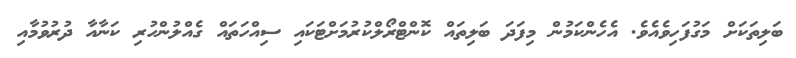
ބަލިތަކަށް މަގުފަހިވެއެވެ. އެހެންކަމުން މިފަދަ ބަލިތައް ކޮންޓްރޯލްކުރުމަށްޓަކައި ސިއްހަތައް ގެއްލުންހުރި ކަނާއާ ދުރުވުމާއި